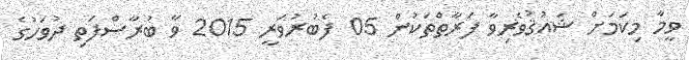
ވީމާ މިކަމަށް ޝައުޤުވެރިވާ ފަރާތްތަކުން 05 ފެބުރުވަރީ 2015 ވާ ބުރާސްފަތި ދުވަހުގެ